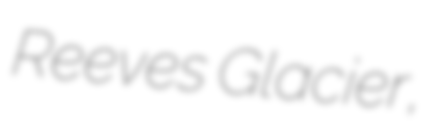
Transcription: Reeves Glacier,